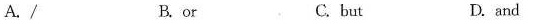
A. / B. or C. but D. and